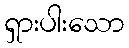
ရှားပါးသော